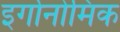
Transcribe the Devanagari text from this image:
इर्गोनोमिक